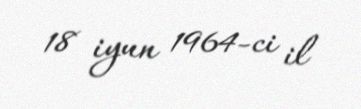
18 iyun 1964-ci il